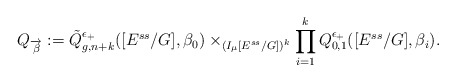
\begin{align*}Q_{\overrightarrow{\beta}}:=\tilde{Q}^{\epsilon_{+}}_{g,n+k}([E^{ss}/G],\beta_0)\times_{(I_{\mu}[E^{ss}/G])^k}\prod_{i=1}^k{Q}^{\epsilon_{+}}_{0,1}([E^{ss}/G],\beta_i).\end{align*}